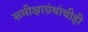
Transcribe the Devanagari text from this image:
समीक्षाग्रंथांचीही